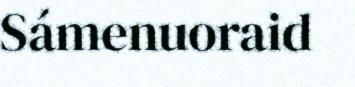
Sámenuoraid